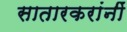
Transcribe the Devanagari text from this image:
सातारकरांनीं